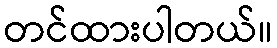
တင်ထားပါတယ်။